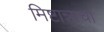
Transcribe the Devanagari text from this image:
मिष्टान्नाचा